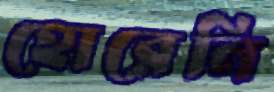
হোরেনি